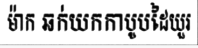
ម៉ាក ឆក់យកកាបូបដៃយួរ